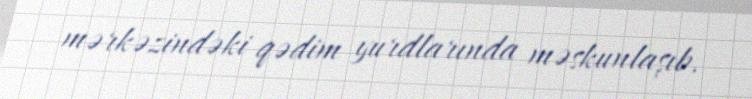
mərkəzindəki qədim yurdlarında məskunlaşıb.